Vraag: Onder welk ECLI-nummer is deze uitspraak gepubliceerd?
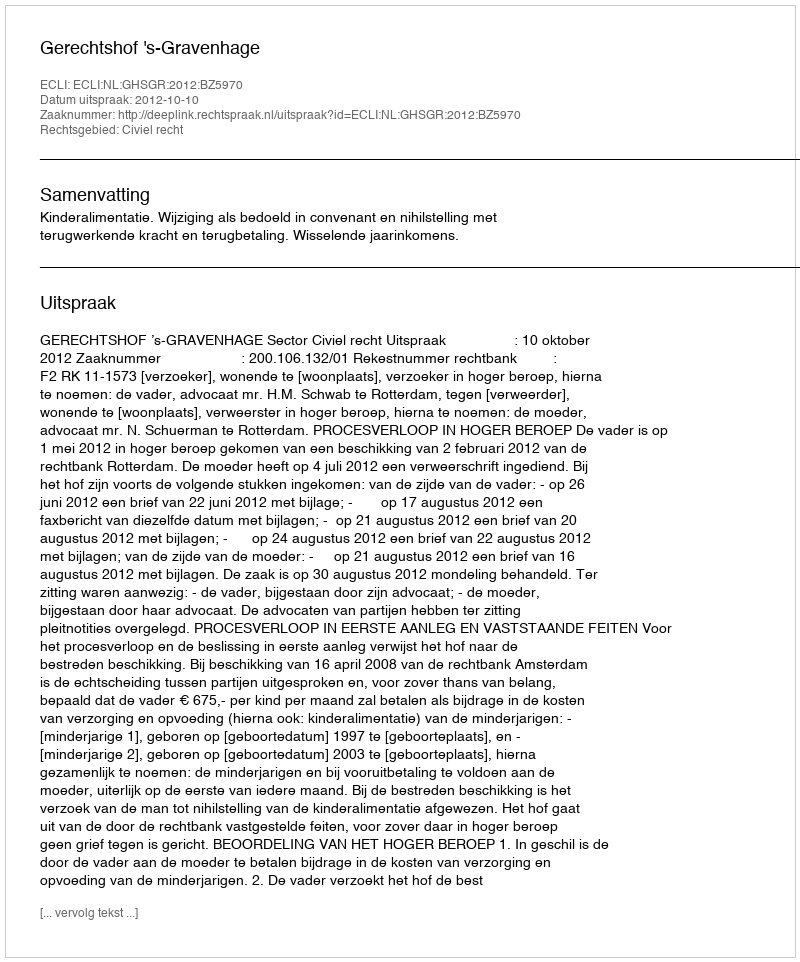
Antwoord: ECLI:NL:GHSGR:2012:BZ5970